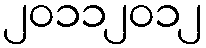
၂၀၁၁၂၀၁၂